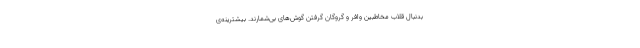
بدنبال قلابِ مخاطبین وافر و گروگان گرفتن گوش‌های بی‌شمارند. بیشترینه‌ی